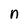
Character: n